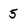
Character: 5